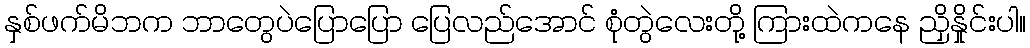
နှစ်ဖက်မိဘက ဘာတွေပဲပြောပြော ပြေလည်အောင် စုံတွဲလေးတို့ ကြားထဲကနေ ညှိနှိုင်းပါ။